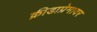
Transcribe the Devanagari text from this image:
क्रीडाप्रेमावर